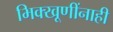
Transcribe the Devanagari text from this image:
भिक्खूणींनाही